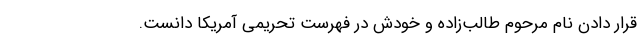
قرار دادن نام مرحوم طالب‌زاده و خودش در فهرست تحریمی آمریکا دانست.